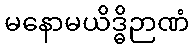
မနောမယိဒ္ဓိဉာဏံ